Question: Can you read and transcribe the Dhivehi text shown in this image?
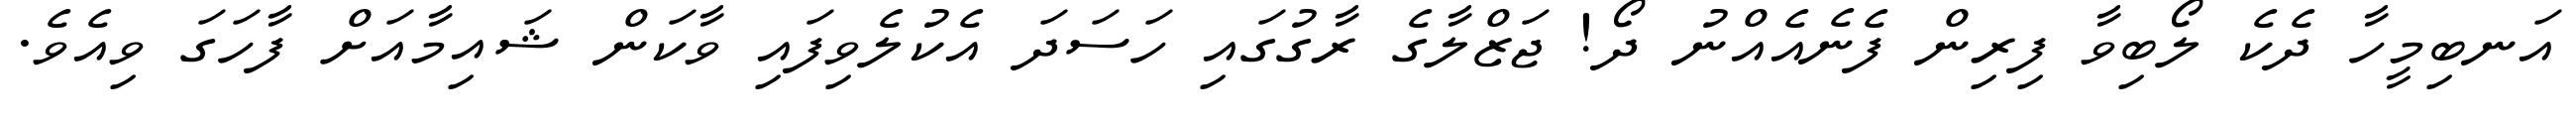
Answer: އަނބިމީހާ ދެކެ ލޯބިވާ ފިރިން ފެނެއެއްނު ދޯ! ޖަޒްލާގެ ރާގުގައި ހަސަދަ އެކުލެވިފައި ވާކަން ޝައިމާއަށް ފާހަގަ ވިއެވެ.